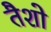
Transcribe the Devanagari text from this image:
तैशो